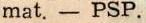
mat. - PSP.